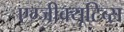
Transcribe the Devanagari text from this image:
एग्जीक्यूटिव्स